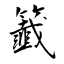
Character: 籖